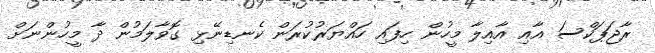
ރާޖަޕަކްސަ އާއި އާއިލާ މީހުން ހިފައި ހައްޔަރުކުރަން ކެނޑިނޭޅި ގޮވާލަމުން ދާ މީހުންނަަށް